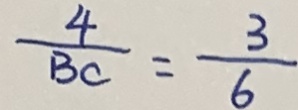
\frac { 4 } { B C } = \frac { 3 } { 6 }